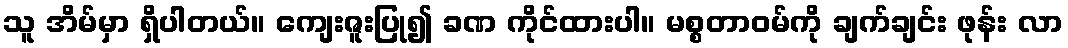
သူ အိမ်မှာ ရှိပါတယ်။ ကျေးဇူးပြု၍ ခဏ ကိုင်ထားပါ။ မစ္စတာဝမ်ကို ချက်ချင်း ဖုန်း လာ